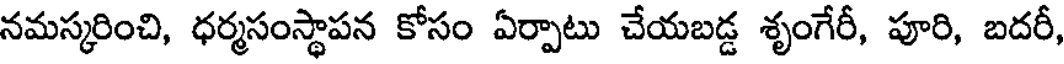
నమస్కరించి, ధర్మసంస్థాపన కోసం ఏర్పాటు చేయబడ్డ శృంగేరీ, పూరి, బదరీ,